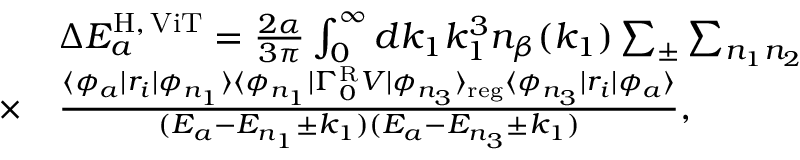
\begin{array} { r l } & { \Delta E _ { a } ^ { \mathrm { H } , \, \mathrm { V i T } } = \frac { 2 \alpha } { 3 \pi } \int _ { 0 } ^ { \infty } d k _ { 1 } k _ { 1 } ^ { 3 } n _ { \beta } ( k _ { 1 } ) \sum _ { \pm } \sum _ { n _ { 1 } n _ { 2 } } } \\ { \times } & { \frac { \langle \phi _ { a } | r _ { i } | \phi _ { n _ { 1 } } \rangle \langle \phi _ { n _ { 1 } } | \Gamma _ { 0 } ^ { \mathrm { R } } V | \phi _ { n _ { 3 } } \rangle _ { \mathrm { r e g } } \langle \phi _ { n _ { 3 } } | r _ { i } | \phi _ { a } \rangle } { ( E _ { a } - E _ { n _ { 1 } } \pm k _ { 1 } ) ( E _ { a } - E _ { n _ { 3 } } \pm k _ { 1 } ) } , } \end{array}